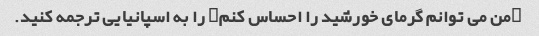
"من می توانم گرمای خورشید را احساس کنم" را به اسپانیایی ترجمه کنید.